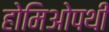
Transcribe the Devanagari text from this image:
होमिओपथी